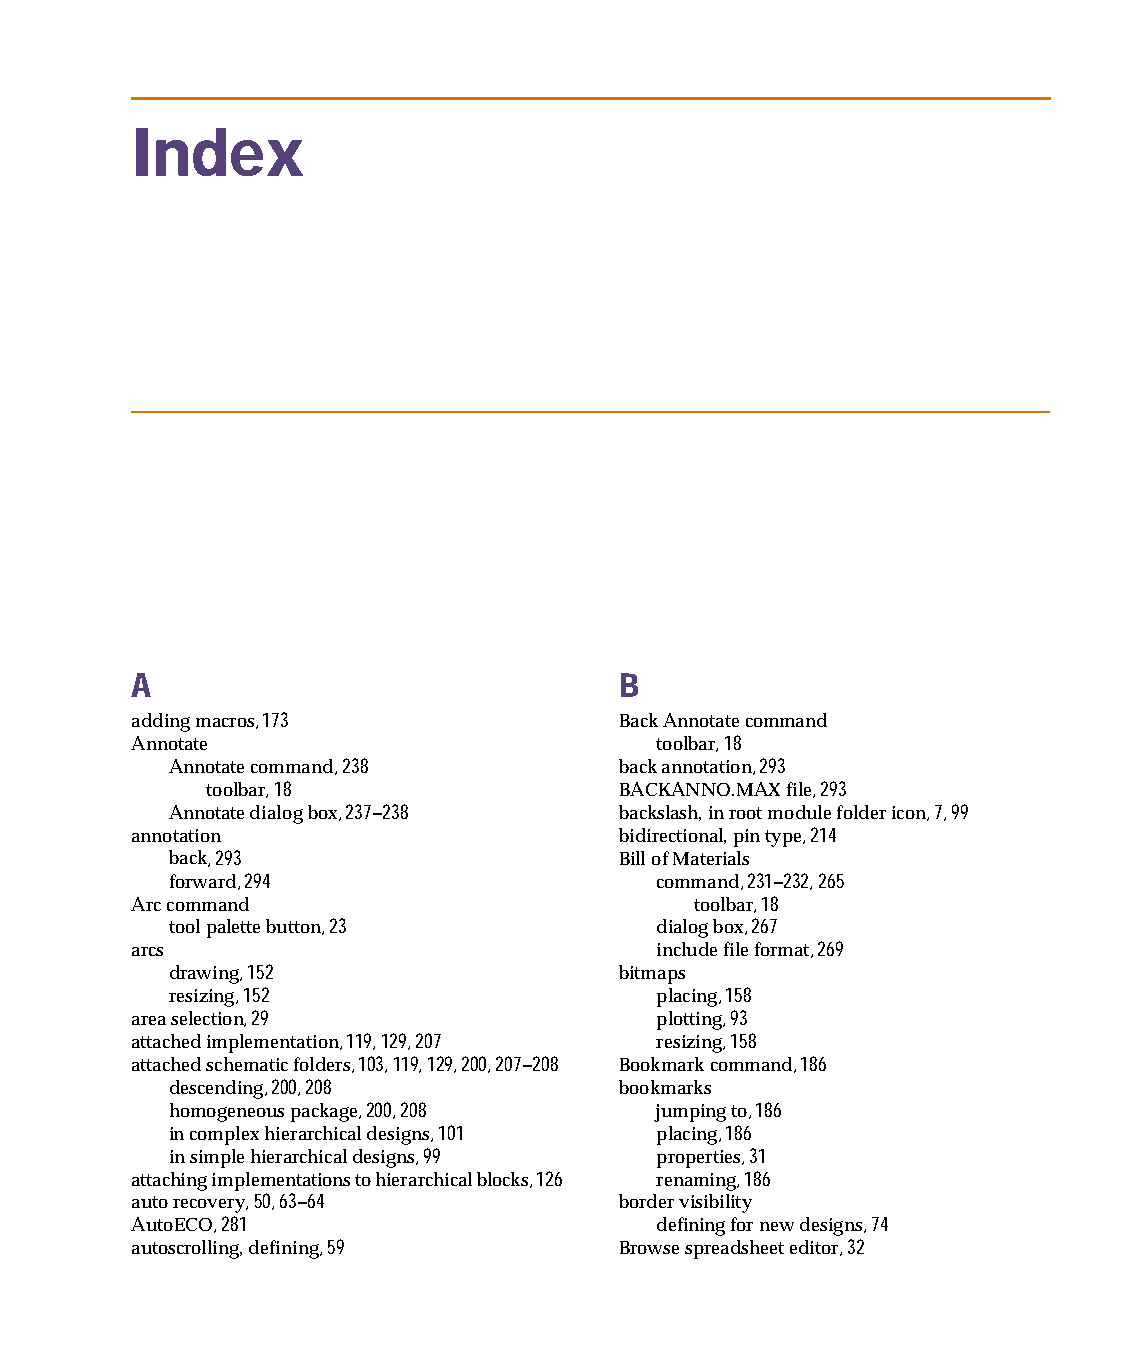
capug.book Page 323 Thursday, November 12, 1998 3:38 PM
 Index
 A                               B
 adding macros, 173              Back Annotate command
 Annotate                          toolbar, 18
 Annotate command, 238         back annotation, 293
 toolbar, 18                BACKANNO.MAX file, 293
 Annotate dialog box, 237–238  backslash, in root module folder icon, 7, 99
 annotation                      bidirectional, pin type, 214
 back, 293                     Bill of Materials
 forward, 294                    command, 231–232, 265
 Arc command                          toolbar, 18
 tool palette button, 23         dialog box, 267
 arcs                              include file format, 269
 drawing, 152                  bitmaps
 resizing, 152                   placing, 158
 area selection, 29                plotting, 93
 attached implementation, 119, 129, 207 resizing, 158
 attached schematic folders, 103, 119, 129, 200, 207–208 Bookmark command, 186
 descending, 200, 208          bookmarks
 homogeneous package, 200, 208   jumping to, 186
 in complex hierarchical designs, 101 placing, 186
 in simple hierarchical designs, 99 properties, 31
 attaching implementations to hierarchical blocks, 126 renaming, 186
 auto recovery, 50, 63–64        border visibility
 AutoECO, 281                      defining for new designs, 74
 autoscrolling, defining, 59     Browse spreadsheet editor, 32